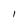
Character: I